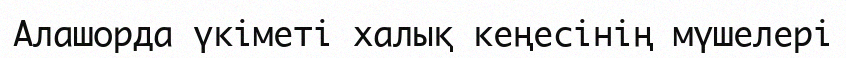
Алашорда үкіметі халық кеңесінің мүшелері